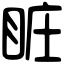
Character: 𥅾